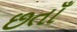
છતાઁ